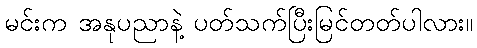
မင်းက အနုပညာနဲ့ ပတ်သက်ပြီးမြင်တတ်ပါလား။